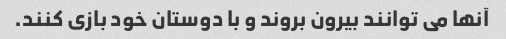
آنها می توانند بیرون بروند و با دوستان خود بازی کنند.